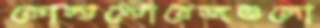
কোল্ডস্টোরেজগুলো